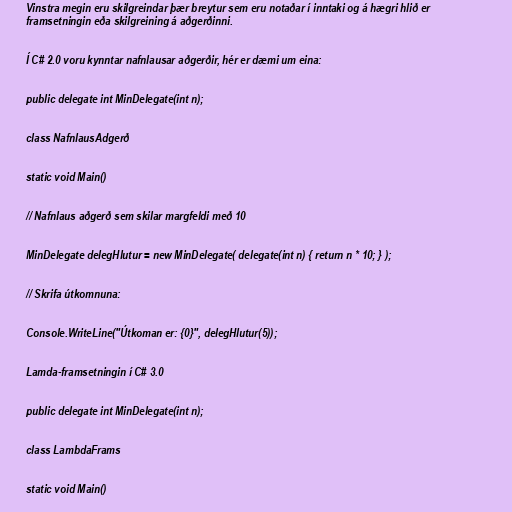
Vinstra megin eru skilgreindar þær breytur sem eru notaðar í inntaki og á hægri hlið er
framsetningin eða skilgreining á aðgerðinni.

Í C# 2.0 voru kynntar nafnlausar aðgerðir, hér er dæmi um eina:

public delegate int MinDelegate(int n);

class NafnlausAdgerð

static void Main()

// Nafnlaus aðgerð sem skilar margfeldi með 10

MinDelegate delegHlutur = new MinDelegate( delegate(int n) { return n * 10; } );

// Skrifa útkomnuna:

Console.WriteLine("Útkoman er: {0}", delegHlutur(5));

Lamda-framsetningin í C# 3.0

public delegate int MinDelegate(int n);

class LambdaFrams

static void Main()